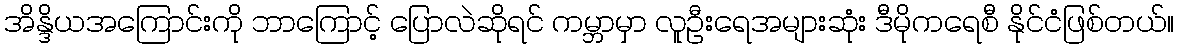
အိန္ဒိယအကြောင်းကို ဘာကြောင့် ပြောလဲဆိုရင် ကမ္ဘာမှာ လူဦးရေအများဆုံး ဒီမိုကရေစီ နိုင်ငံဖြစ်တယ်။